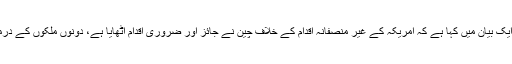
چین کی وزارتِ خارجہ نے جمعے کو جاری ایک بیان میں کہا ہے کہ امریکہ کے غیر منصفانہ اقدام کے خلاف چین نے جائز اور ضروری اقدام اٹھایا ہے، دونوں ملکوں کے درمیان سفارتی تعلقات شدید کشیدگی کا شکار ہیں۔